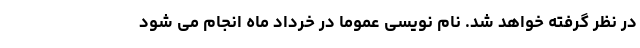
در نظر گرفته خواهد شد. نام نویسی عموماً در خرداد ماه انجام می شود